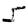
Digit: 5